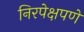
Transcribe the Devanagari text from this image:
निरपेक्षपणे